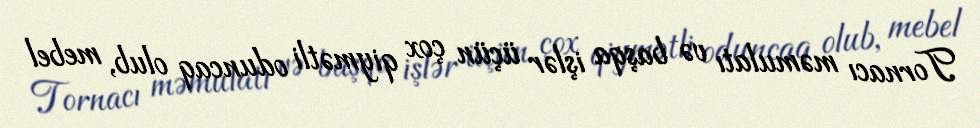
Tornacı məmulatı və başqa işlər üçün çox qiymətli oduncaq olub, mebel